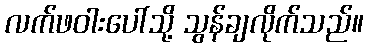
လက်ဖဝါးပေါ်သို့ သွန်ချလိုက်သည်။